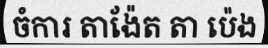
ចំការ តាង៉ែត តា ប៉េង